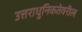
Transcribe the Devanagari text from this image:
उत्तराधुनिकतेवरील